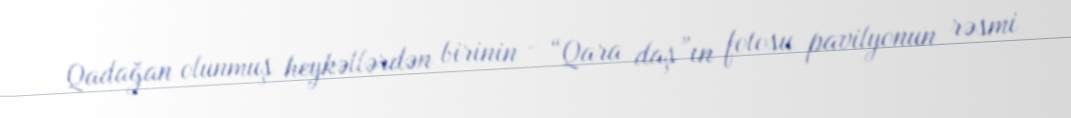
Qadağan olunmuş heykəllərdən birinin - “Qara daş”ın fotosu pavilyonun rəsmi